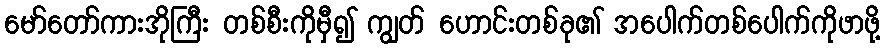
မော်တော်ကားအိုကြီး တစ်စီးကိုမှီ၍ ကျွတ် ဟောင်းတစ်ခု၏ အပေါက်တစ်ပေါက်ကိုဖာဖို့